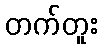
တက်တူး